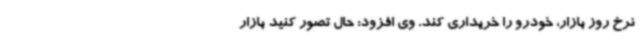
نرخ روز بازار، خودرو را خریداری کند. وی افزود: حال تصور کنید بازار